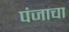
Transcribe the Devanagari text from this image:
पंजाचा